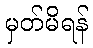
မှတ်မိရန်